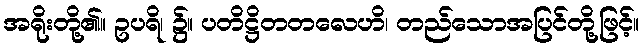
အရိုးတို့၏။ ဥပရိ၊ ၌။ ပတိဋ္ဌိတတလေဟိ၊ တည်သောအပြင်တို့ဖြင့်။